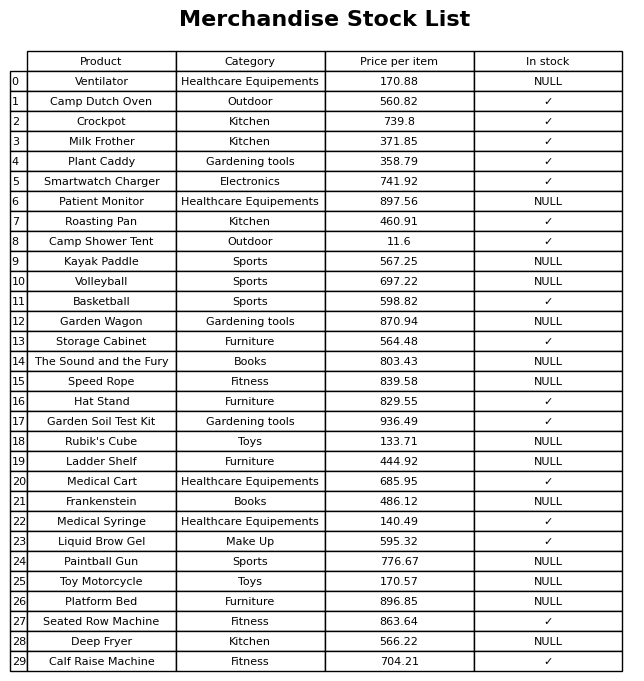
question: What is the price of the Milk Frother?
answer: The price of Milk Frother is 371.85.